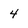
Character: 4